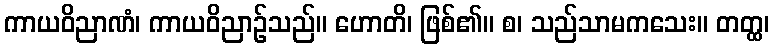
ကာယဝိညာဏံ၊ ကာယဝိညာဉ်သည်။ ဟောတိ၊ ဖြစ်၏။ စ၊ သည်သာမကသေး။ တတ္ထ၊